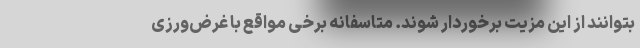
بتوانند از این مزیت برخوردار شوند. متاسفانه برخی مواقع با غرض‌ورزی